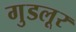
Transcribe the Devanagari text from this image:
गुडलूर